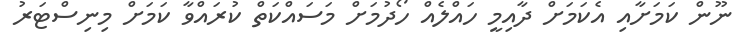
ނޫން ކަމަށާއި އެކަމަށް ދާއިމީ ހައްލެއް ހޯދުމަށް މަސައްކަތް ކުރައްވާ ކަމަށް މިނިސްޓަރު